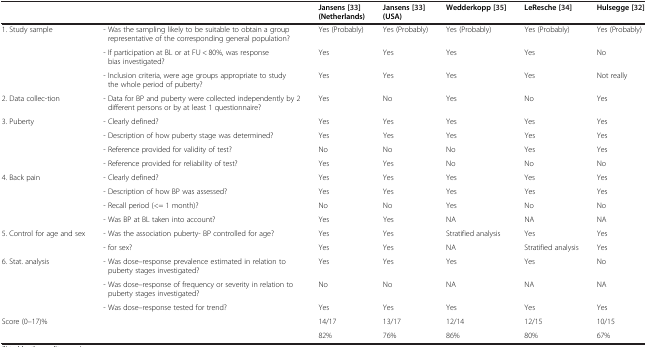
|  |  | Jansens[33](Netherlands) | Jansens[33](USA) | Wedderkopp [35] | LeResche[34] | Hulsegge[32] |
 | --- | --- | --- | --- | --- | --- | --- |
 | <ROWSPAN=3> 1. Study sample | - Was the sampling likely to be suitable to obtain a group representative of the corresponding general population? | Yes (Probably) | Yes (Probably) | Yes (Probably) | Yes (Probably) | Yes (Probably) |
 | - If participation at BL or at FU < 80%, was response bias investigated? | Yes | Yes | Yes | Yes | No |
 | - Inclusion criteria, were age groups appropriate to study the whole period of puberty? | Yes | Yes | Yes | Yes | Not really |
 | 2. Data collec-tion | - Data for BP and puberty were collected independently by 2 different persons or by at least 1 questionnaire? | Yes | No | Yes | No | Yes |
 | <ROWSPAN=4> 3. Puberty | - Clearly defined? | Yes | Yes | Yes | Yes | Yes |
 | - Description of how puberty stage was determined? | Yes | Yes | Yes | Yes | Yes |
 | - Reference provided for validity of test? | No | No | No | Yes | Yes |
 | - Reference provided for reliability of test? | Yes | Yes | No | No | No |
 | <ROWSPAN=4> 4. Back pain | - Clearly defined? | Yes | Yes | Yes | Yes | Yes |
 | - Description of how BP was assessed? | Yes | Yes | Yes | Yes | Yes |
 | - Recall period (<= 1 month)? | No | No | Yes | No | No |
 | - Was BP at BL taken into account? | Yes | Yes | NA | NA | NA |
 | <ROWSPAN=2> 5. Control for age and sex | - Was the association puberty- BP controlled for age? | Yes | Yes | Stratified analysis | Yes | Yes |
 | - for sex? | Yes | Yes | NA | Stratified analysis | Yes |
 | <ROWSPAN=3> 6. Stat. analysis | - Was dose–response prevalence estimated in relation to puberty stages investigated? | Yes | Yes | Yes | Yes | No |
 | - Was dose–response of frequency or severity in relation to puberty stages investigated? | No | No | NA | NA | NA |
 | - Was dose–response tested for trend? | Yes | Yes | Yes | Yes | Yes |
 | <ROWSPAN=2-COLSPAN=2> Score (0–17)% | 14/17 | 13/17 | 12/14 | 12/15 | 10/15 |
 | 82% | 76% | 86% | 80% | 67% |